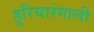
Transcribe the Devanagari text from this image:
हुरियारंगाली